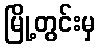
မြို့တွင်းမှ